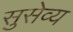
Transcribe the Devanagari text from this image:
सुसेव्य